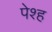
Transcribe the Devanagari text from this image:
पेश्ह